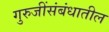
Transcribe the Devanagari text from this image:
गुरुजींसंबंधातील